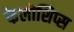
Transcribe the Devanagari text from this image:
फेलोशिप्स